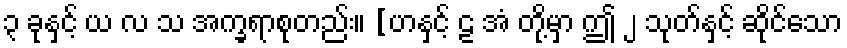
၃ ခုနှင့် ယ လ သ အက္ခရာစုတည်း။ [ဟနှင့် ဠ အံ တို့မှာ ဤ ၂ သုတ်နှင့် ဆိုင်သော